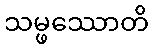
သမ္ဖဿောတိ